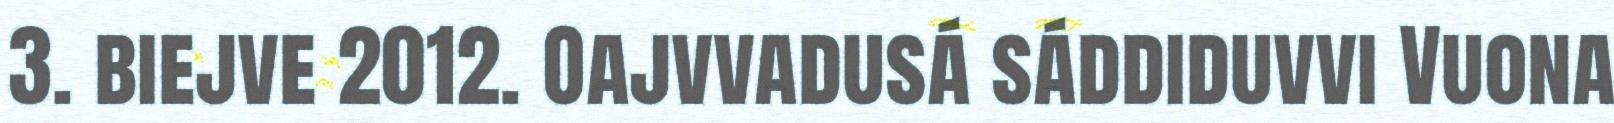
3. biejve 2012. Oajvvadusá sáddiduvvi Vuona